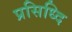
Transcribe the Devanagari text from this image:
प्रसिध्दि